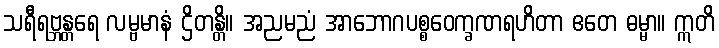
သရီရဗ္ဘန္တရေ လမ္ဗမာနံ ဌိတန္တိ။ အညမညံ အာဘောဂပစ္စဝေက္ခဏရဟိတာ ဧတေ ဓမ္မာ။ ဣတိ